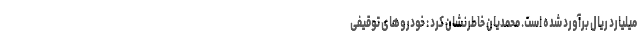
میلیارد ریال برآورد شده است. محمدیان خاطرنشان کرد : خودروهای توقیفی